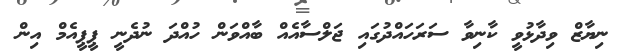
ނިޔާޒް ވިދާޅުވީ ކާނިވާ ސަރަހައްދުގައި ޖަލްސާއެއް ބާއްވަން ހުއްދަ ނުދެނީ ޕީޕީއެމް އިން